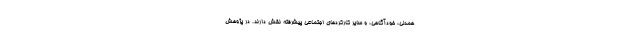
همدلی، خودآگاهی، و سایر کارکردهای اجتماعی پیشرفته نقش دارند. در پژوهشِ